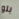
بلو